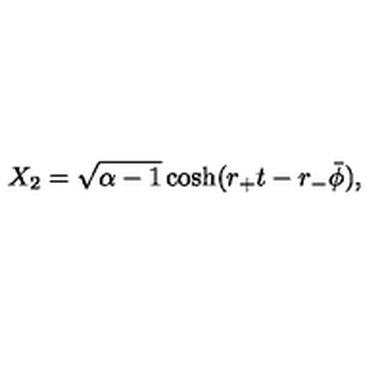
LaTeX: X _ { 2 } = \sqrt { \alpha - 1 } \cosh ( r _ { + } t - r _ { - } \bar { \phi } ) ,